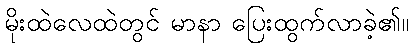
မိုးထဲလေထဲတွင် မာနာ ပြေးထွက်လာခဲ့၏။